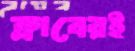
ক্লাবেরই